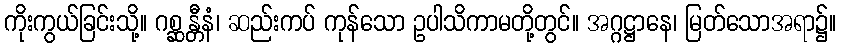
ကိုးကွယ်ခြင်းသို့။ ဂစ္ဆန္တီနံ၊ ဆည်းကပ် ကုန်သော ဥပါသိကာမတို့တွင်။ အဂ္ဂဋ္ဌာနေ၊ မြတ်သောအရာ၌။